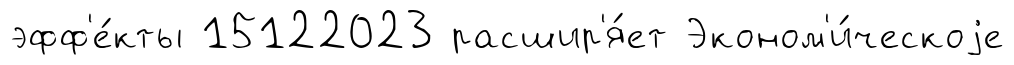
эфф'е́кты 15122023 расшир'я́ет Эконом'и́ческоjе